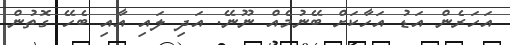
އަހަރެން އަޑު އަހާކަށް ބޭނުމެއް ނޫނޭ. އަދި ލައި އާއި ބެހޭ ގޮތުން